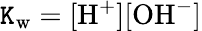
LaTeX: \mathtt{K}_{\mathrm{{w}}}=\mathrm{{[H^{+}][OH^{-}]}}